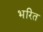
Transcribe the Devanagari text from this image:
भरित